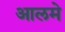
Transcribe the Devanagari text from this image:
आलमे